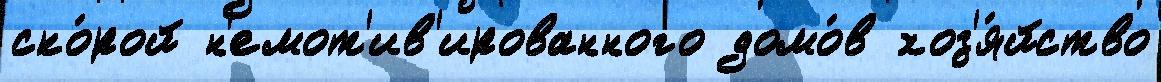
ско́рой н'емот'ив'ированного домо́в хоз'я́йство